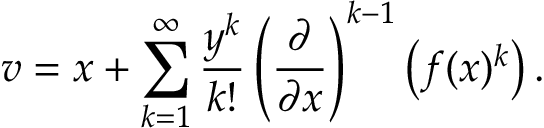
v = x + \sum _ { k = 1 } ^ { \infty } { \frac { y ^ { k } } { k ! } } \left( { \frac { \partial } { \partial x } } \right) ^ { k - 1 } \left( f ( x ) ^ { k } \right) .